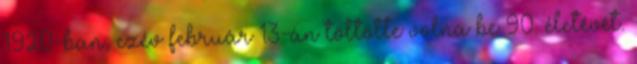
1920-ban, ezév február 13-án töltötte volna be 90. életévét.